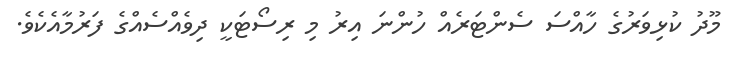
މޫދު ކުޅިވަރުގެ ހާއްސަ ސެންޓަރެއް ހުންނަ އިރު މި ރިސޯޓަކީ ދިވެއްސެއްގެ ފަރުމާއެކެވެ.